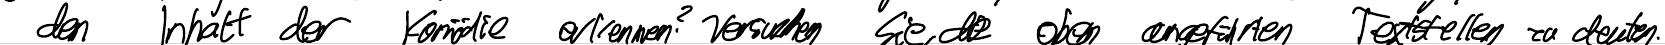
den Inhalt der Komödie erkennen? Versuchen Sie, die oben angeführten Textstellen zu deuten.